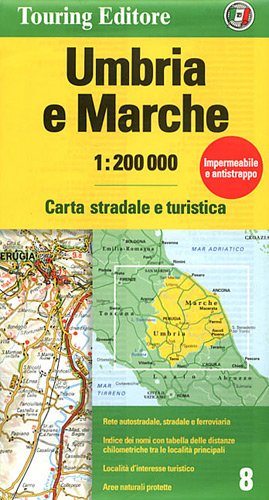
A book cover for Umbria/Marche (Regional Road Map); Touring Club Italiano; Travel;